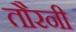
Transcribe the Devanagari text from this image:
तौरनी